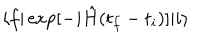
LaTeX: \langle f | \exp [ - i \hat { H } ( t _ { f } - t _ { i } ) ] | i \rangle